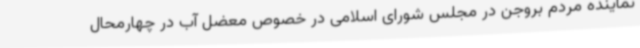
نماینده مردم بروجن در مجلس شورای اسلامی در خصوص معضل آب در چهارمحال